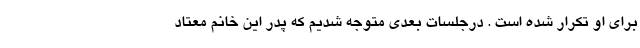
برای او تکرار شده است . درجلسات بعدی متوجه شدیم که پدر این خانم معتاد